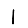
Digit: 1